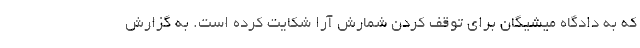
که به دادگاه میشیگان برای توقف کردن شمارش آرا شکایت کرده است. به گزارش